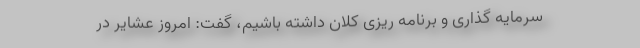
سرمایه گذاری و برنامه ریزی کلان داشته باشیم، گفت: امروز عشایر در